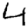
Digit: 4